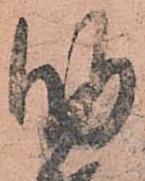
助